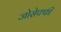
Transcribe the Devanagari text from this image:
जोसेफ्फी